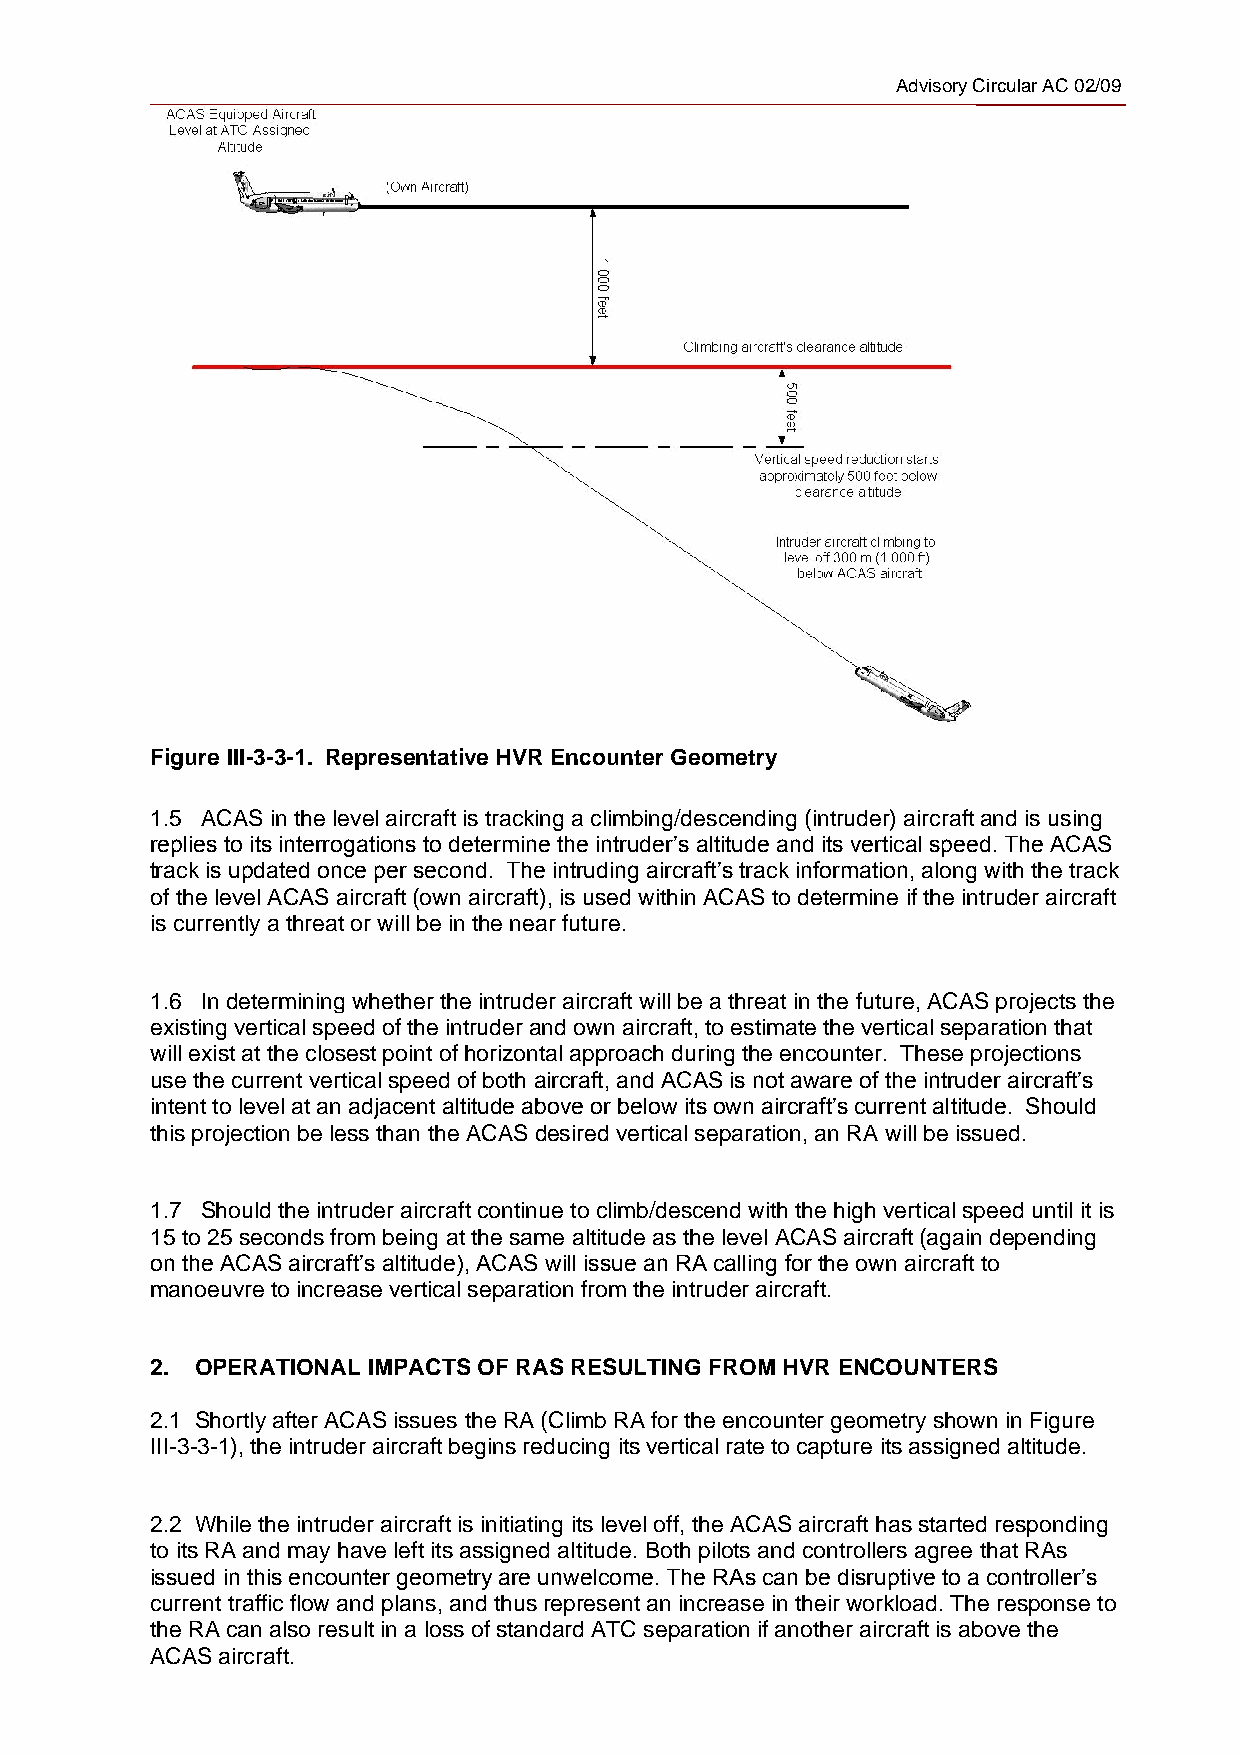
Advisory Circular AC 02/09
 Figure III-3-3-1. Representative HVR Encounter Geometry
 1.5 ACAS in the level aircraft is tracking a climbing/descending (intruder) aircraft and is using
 replies to its interrogations to determine the intruder’s altitude and its vertical speed. The ACAS
 track is updated once per second. The intruding aircraft’s track information, along with the track
 of the level ACAS aircraft (own aircraft), is used within ACAS to determine if the intruder aircraft
 is currently a threat or will be in the near future.
 1.6 In determining whether the intruder aircraft will be a threat in the future, ACAS projects the
 existing vertical speed of the intruder and own aircraft, to estimate the vertical separation that
 will exist at the closest point of horizontal approach during the encounter. These projections
 use the current vertical speed of both aircraft, and ACAS is not aware of the intruder aircraft’s
 intent to level at an adjacent altitude above or below its own aircraft’s current altitude. Should
 this projection be less than the ACAS desired vertical separation, an RA will be issued.
 1.7 Should the intruder aircraft continue to climb/descend with the high vertical speed until it is
 15 to 25 seconds from being at the same altitude as the level ACAS aircraft (again depending
 on the ACAS aircraft’s altitude), ACAS will issue an RA calling for the own aircraft to
 manoeuvre to increase vertical separation from the intruder aircraft.
 2. OPERATIONAL IMPACTS OF RAS RESULTING FROM HVR ENCOUNTERS
 2.1 Shortly after ACAS issues the RA (Climb RA for the encounter geometry shown in Figure
 III-3-3-1), the intruder aircraft begins reducing its vertical rate to capture its assigned altitude.
 2.2 While the intruder aircraft is initiating its level off, the ACAS aircraft has started responding
 to its RA and may have left its assigned altitude. Both pilots and controllers agree that RAs
 issued in this encounter geometry are unwelcome. The RAs can be disruptive to a controller’s
 current traffic flow and plans, and thus represent an increase in their workload. The response to
 the RA can also result in a loss of standard ATC separation if another aircraft is above the
 ACAS aircraft.